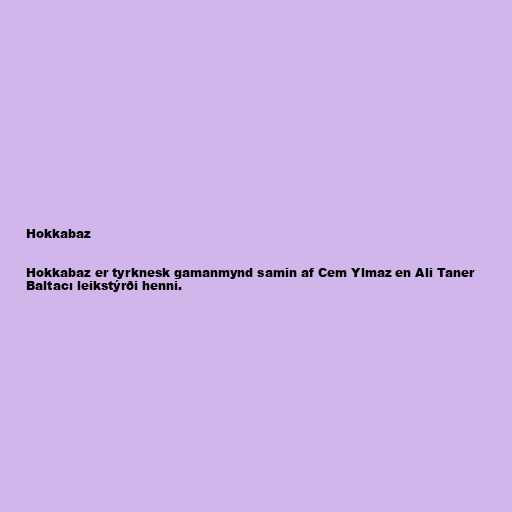
Hokkabaz

Hokkabaz er tyrknesk gamanmynd samin af Cem Ylmaz en Ali Taner
Baltacı leikstýrði henni.